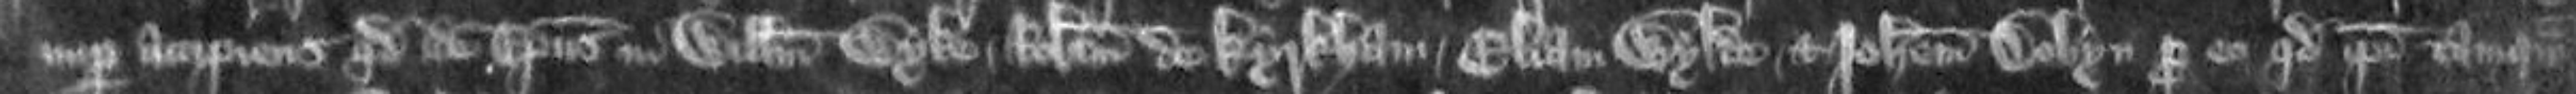
nuper accipiens quod idem Episcopus in Willelmi Wyke Robertum de Kyrkham Eliam Wylde et Johannem Dobyn pro eo quod ipsi tanquam